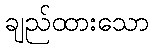
ချည်ထားသော